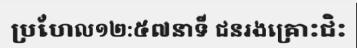
ប្រហែល១២:៥៧នាទី ជនរងគ្រោះជិះ